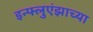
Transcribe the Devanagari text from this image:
इन्फ्लुएंझाच्या